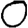
Digit: 0